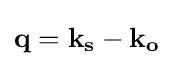
\mathbf {q} =\mathbf {k_{s}} -\mathbf {k_{o}}